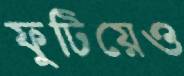
ফুটিয়েও